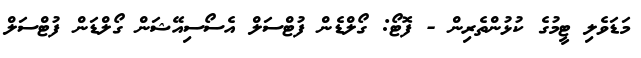
މަޑަވެލި ޓީމުގެ ކުޅުންތެރިން - ފޮޓޯ: ގޯލްޑެން ފުޓްސަލް އެސޯސިއޭޝަން ގޯލްޑަން ފުޓްސަލް